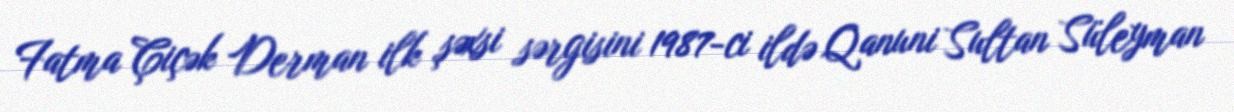
Fatma Çiçək Derman ilk şəxsi sərgisini 1987-ci ildə Qanuni Sultan Süleyman